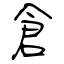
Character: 倉